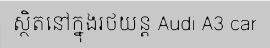
ស្ថិតនៅក្នុងរថយន្ត Audi A3 car